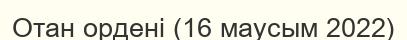
Отан ордені (16 маусым 2022)